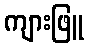
ကျားဖြူ